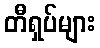
တီရှပ်များ